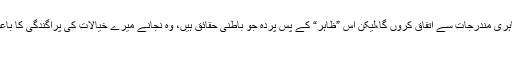
مَیں اگرچہ آپ کی طرح، ایمرسن کی اس رپورٹ کے ظاہری مندرجات سے اتفاق کروں گا،لیکن اس ”ظاہر“ کے پسِ پردہ جو باطنی حقائق ہیں، وہ نجانے میرے خیالات کی پراگندگی کا باعث کیوں بن رہے ہیں.... مثلاً میرے شکوک درج ذیل ہیں:
1۔